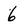
Character: 6